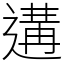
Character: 遘